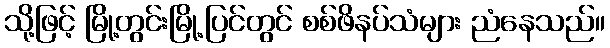
သို့ဖြင့် မြို့တွင်းမြို့ပြင်တွင် စစ်ဖိနပ်သံများ ညံနေသည်။